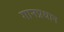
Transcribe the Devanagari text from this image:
गानप्रधान